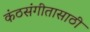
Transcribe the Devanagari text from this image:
कंठसंगीतासाठी